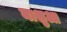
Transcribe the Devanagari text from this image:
नाशुआ